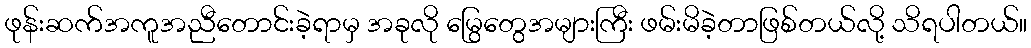
ဖုန်းဆက်အကူအညီတောင်းခဲ့ရာမှ အခုလို မြွေတွေအများကြီး ဖမ်းမိခဲ့တာဖြစ်တယ်လို့ သိရပါတယ်။